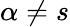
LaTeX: \alpha\neq s